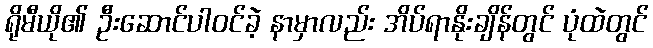
ရိုမီယို၏ ဦးဆောင်ပါဝင်ခဲ့ နာမှာလည်း အိပ်ရာနိုးချိန်တွင် ပုံထဲတွင်